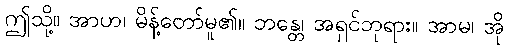
ဤသို့။ အာဟ၊ မိန့်တော်မူ၏။ ဘန္တေ၊ အရှင်ဘုရား။ အာမ၊ အို